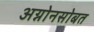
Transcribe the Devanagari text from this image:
अग्नोनसोबत